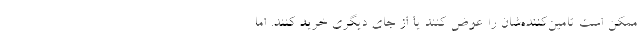
ممکن است تامین‌کننده‌شان را عوض کنند یا از جای دیگری خرید کنند. اما